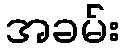
အခမ်း